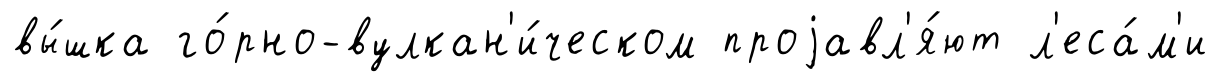
вы́шка го́рно-вулкан'и́ческом проjавл'я́ют л'еса́м'и